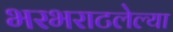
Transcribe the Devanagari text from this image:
भरभराटलेल्या